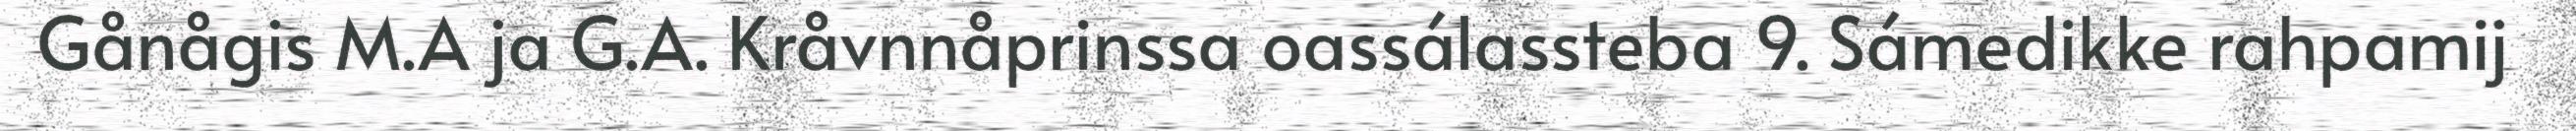
Gånågis M.A ja G.A. Kråvnnåprinssa oassálassteba 9. Sámedikke rahpamij